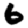
Digit: 6